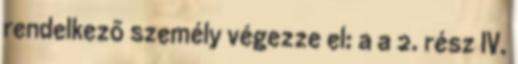
rendelkezõ személy végezze el: a a 2. rész IV.